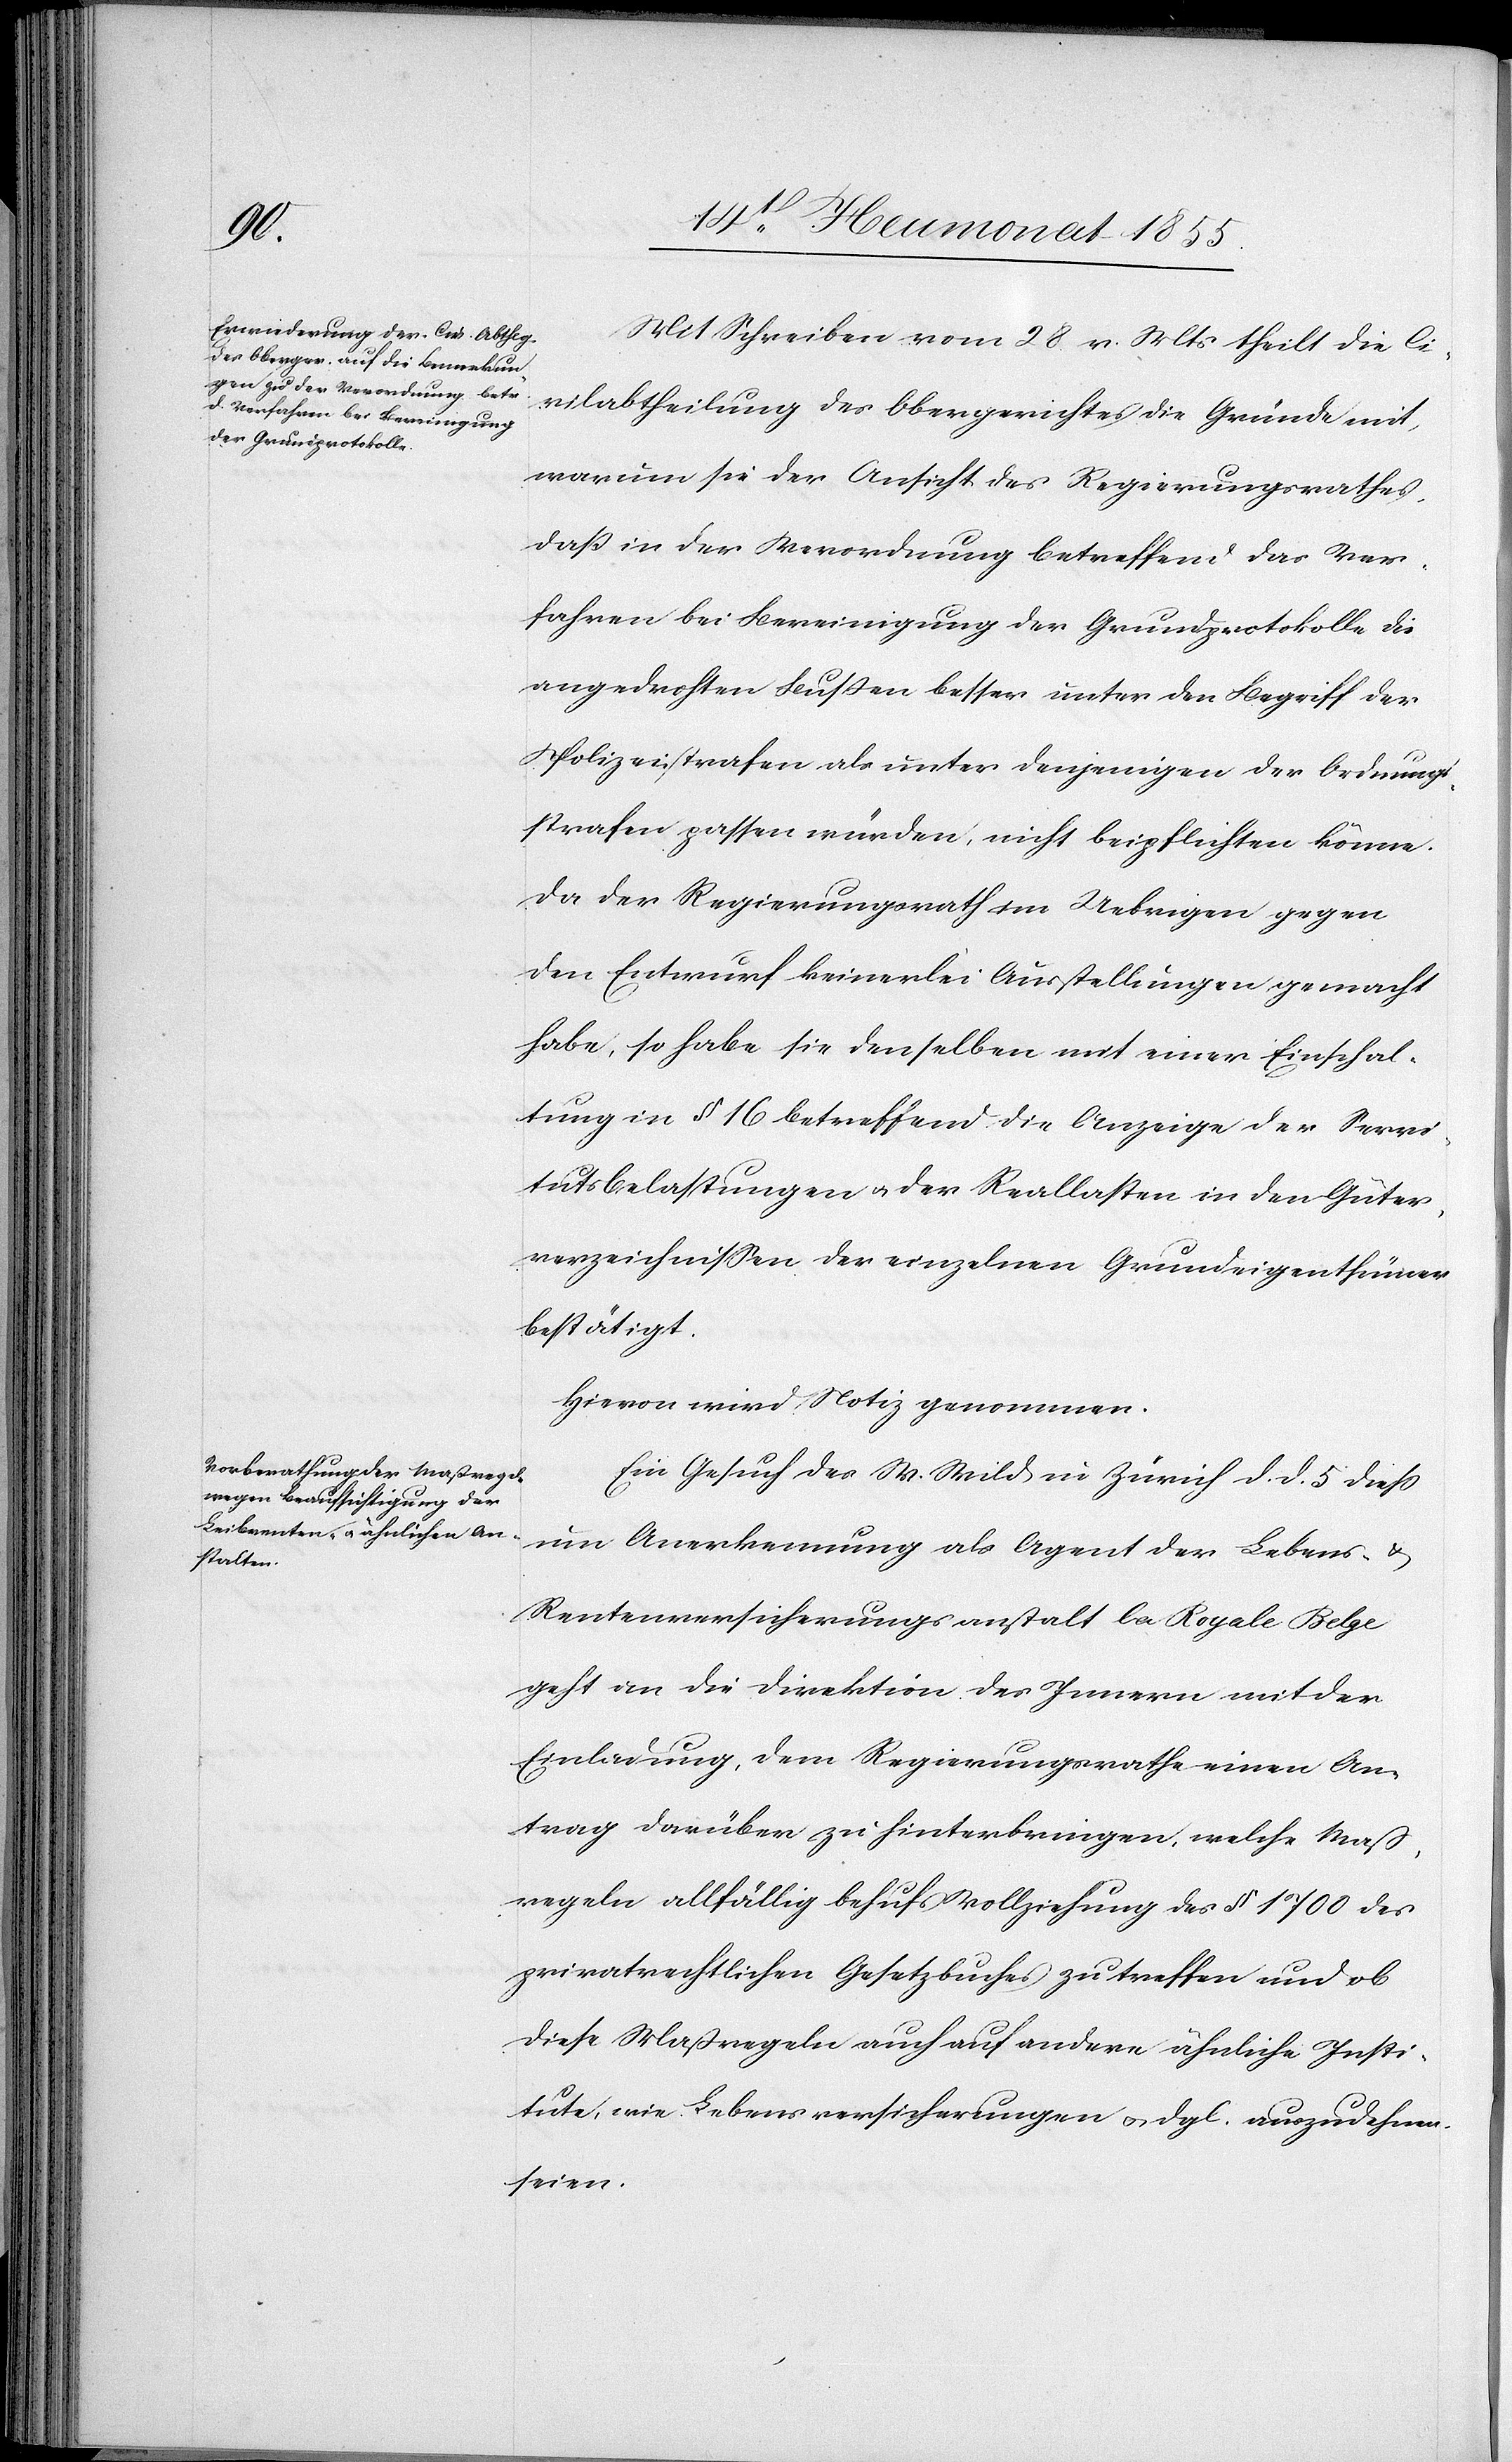
Mit Schreiben vom 28. v. Mts theilt die Ci¬
vilabtheilung des Obergerichtes die Gründe mit,
warum sie der Ansicht des Regierungsrathes,
daß in der Verordnung betreffend das Ver¬
fahren bei Bereinigung der Grundprotokolle die
angedrohten Bussen besser unter den Begriff der
Polizeistrafen als unter denjenigen der Ordnungs¬
strafen passen würden, nicht beipflichten könne.
Da der Regierungsrath im Uebrigen gegen
den Entwurf keinerlei Ausstellungen gemacht
habe, so habe sie denselben mit einer Einschal¬
tung in § 16 betreffend die Anzeige der Servi¬
tutsbelastungen & der Reallasten in den Güter¬
verzeichnissen der einzelnen Grundeigenthümer
bestätigt.
Hievon wird Notiz genommen.
Ein Gesuch des W. Wild in Zürich d. d. 5 diess
um Anerkennung als Agent der Lebens- &
Rentenversicherungsanstalt la Royale Belge
geht an die Direktion des Innern mit der
Einladung, dem Regierungsrathe einen An¬
trag darüber zu hinterbringen, welche Mass¬
regeln allfällig behufs Vollziehung des § 1700 des
privatrechtlichen Gesetzbuches zu treffen und ob
diese Maßregeln auch auf andere ähnliche Insti¬
tute, wie Lebensversicherungen & dgl. auszudehnen
seien.